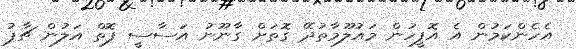
އެހެންކަމުން އެ އޮފީހުން މައުލޫމާތުދޭ ގޮތަށް ގާނޫނު އަސާސީ ފޮތް އަލުން ޗާޕު